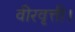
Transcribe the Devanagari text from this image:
वीरवृत्ती।